Annual report on the lock hospitals of the Madras Presidency
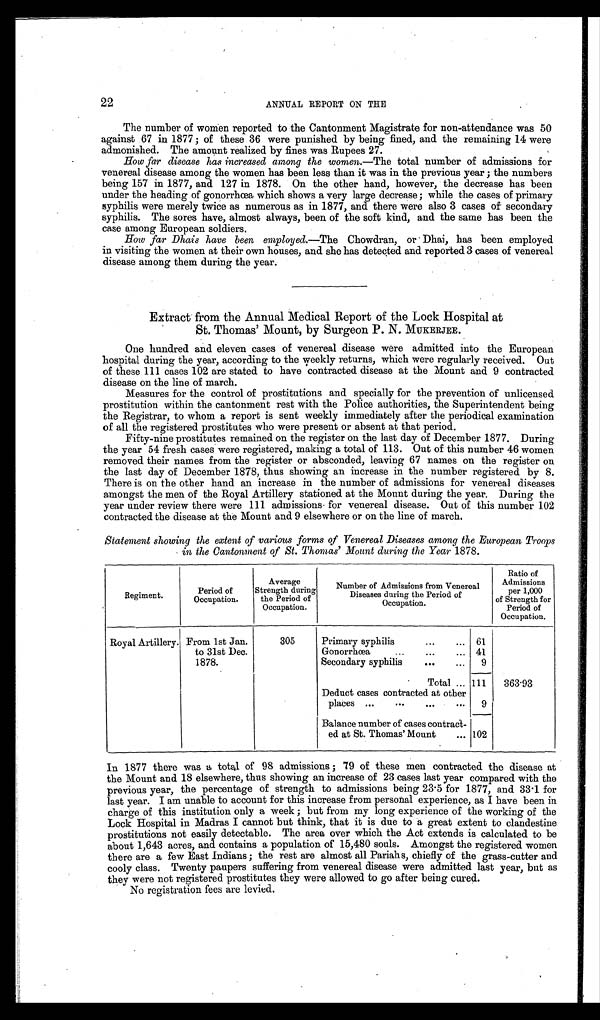
22
ANNUAL REPORT ON THE
The number of women reported to the Cantonment Magistrate for non-attendance was 50
against 67 in 1877; of these 36 were punished by being fined, and the remaining 14 were
admonished. The amount realized by fines was Rupees 27.
How far disease has increased among the women.—The total number of admissions for
venereal disease among the women has been less than it was in the previous year; the numbers
being 157 in 1877, and 127 in 1878. On the other hand, however, the decrease has been
under the heading of gonorrhœa which shows a very large decrease; while the cases of primary
syphilis were merely twice as numerous as in 1877, and there were also 3 cases of secondary
syphilis. The sores have, almost always, been of the soft kind, and the same has been the
case among European soldiers.
How far Dhais have been employed.—The Chowdran, or Dhai, has been employed
in visiting the women at their own houses, and she has detected and reported 3 cases of venereal
disease among them during the year.
Extract from the Annual Medical Report of the Lock Hospital at
St. Thomas' Mount, by Surgeon P. N. MUKERJEE.
One hundred and eleven cases of venereal disease were admitted into the European
hospital during the year, according to the weekly returns, which were regularly received. Out
of these 111 cases 102 are stated to have contracted disease at the Mount and 9 contracted
disease on the line of march.
Measures for the control of prostitutions and specially for the prevention of unlicensed
prostitution within the cantonment rest with the Police authorities, the Superintendent being
the Registrar, to whom a report is sent weekly immediately after the periodical examination
of all the registered prostitutes who were present or absent at that period.
Fifty-nine prostitutes remained on the register on the last day of December 1877. During
the year 54 fresh cases were registered, making a total of 113. Out of this number 46 women
removed their names from the register or absconded, leaving 67 names on the register on
the last day of December 1878, thus showing an increase in the number registered by 8.
There is on the other hand an increase in the number of admissions for venereal diseases
amongst the men of the Royal Artillery stationed at the Mount during the year. During the
year under review there were 111 admissions for venereal disease. Out of this number 102
contracted the disease at the Mount and 9 elsewhere or on the line of march.
Statement showing the extent of various forms of Venereal Diseases among the European Troops
in the Cantonment of St. Thomas' Mount during the Year 1878.
Regiment.
Period of
Occupation.
Average
Strength during
the Period of
Occupation.
Number of Admissions from Venereal
Diseases during the Period of
Occupation
Ratio of
Admissions
per 1,000
of Strength for
Period of
Occupation.
Royal Artillery. From 1st Jan.
to 31st Dec.
1878.
305
Primary syphilis
...
... 61
Gonorrhœa
...
...
... 41
Secondary syphilis
...
... 9
Total ... 111
363·93
Deduct cases contracted at other
places ...
...
...
...
9
Balance number of cases contract
ed at St. Thomas' Mount
... 102
In 1877 there was a total of 98 admissions; 79 of these men contracted the disease at
the Mount and 18 elsewhere, thus showing an increase of 23 cases last year compared with the
previous year, the percentage of strength to admissions being 23.5 for 1877, and 33.1 for
last year. I am unable to account for this increase from personal experience, as I have been in
charge of this institution only a week; but from my long experience of the working of the
Lock Hospital in Madras I cannot but think, that it is due to a great extent to clandestine
prostitutions not easily detectable. The area over which the Act extends is calculated to be
about 1,643 acres, and contains a population of 15,480 souls. Amongst the registered women
there are a few East Indians; the rest are almost all Pariahs, chiefly of the grass-cutter and
cooly class. Twenty paupers suffering from venereal disease were admitted last year, but as
they were not registered prostitutes they were allowed to go after being cured.
No registration fees are levied.